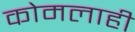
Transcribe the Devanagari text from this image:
कोमलाही